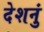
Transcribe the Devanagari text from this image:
देशनुं